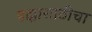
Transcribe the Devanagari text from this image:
हक्कासाठीचा